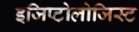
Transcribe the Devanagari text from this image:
इजिप्टोलोजिस्ट